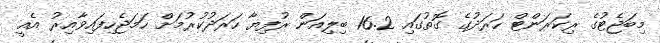
މިބަޖެޓުގެ ރިކަރަންޓް ހަރަދުގެ ގޮތުގައި 16.2 ބިލިއަން ރުފިޔާ ހަރަދުކުރުމަށް ހަމަޖެހިފައިވާއިރު އެއީ